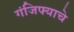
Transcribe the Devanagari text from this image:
गंजिफ्याचे